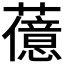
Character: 𬟆